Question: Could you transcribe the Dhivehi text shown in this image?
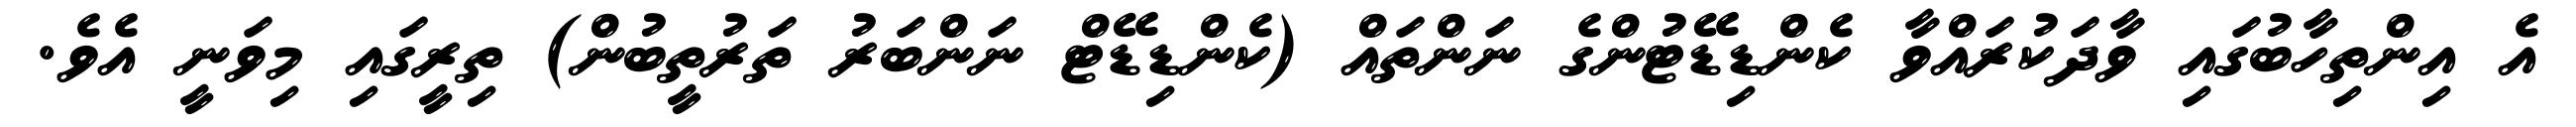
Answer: އެ އިންތިހާބުގައި ވާދަކުރައްވާ ކެންޑިޑޭޓުންގެ ނަންތައް (ކެންޑިޑޭޓް ނަންބަރު ތަރުތީބުން) ތިރީގައި މިވަނީ އެވެ.